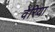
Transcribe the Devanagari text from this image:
वेरिया